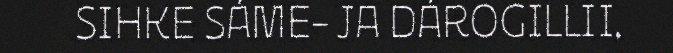
SIHKE SÁME- JA DÁROGILLII.